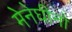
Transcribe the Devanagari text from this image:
मेनेघीनो